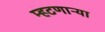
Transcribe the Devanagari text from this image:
म्हटणाऱ्या